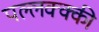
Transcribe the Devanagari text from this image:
पल्लक्क्की